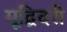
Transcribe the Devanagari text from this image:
मूद्बिदरी